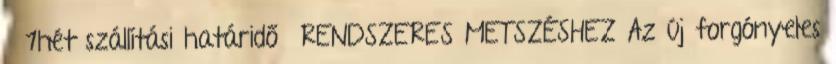
1hét szállítási határidő RENDSZERES METSZÉSHEZ Az új forgónyeles